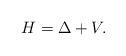
LaTeX: \begin{align*}H=\Delta+V.\end{align*}